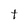
Character: t